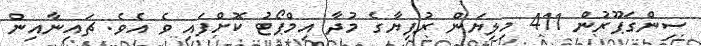
ސިންގަޕޫރުން 411 މިލިޔަން ރުފިޔާގެ މުދާ އިމްޕޯޓު ކޮށްފައި ވެ އެވެ. ޗައިނާއިން